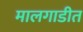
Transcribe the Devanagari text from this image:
मालगाडीत